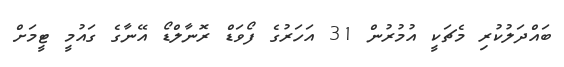
ބައްދަލުކުރި މެޗަކީ އުމުރުން 31 އަހަރުގެ ފޯވަޑް ރޮނާލްޑޯ އޭނާގެ ގައުމީ ޓީމަށް